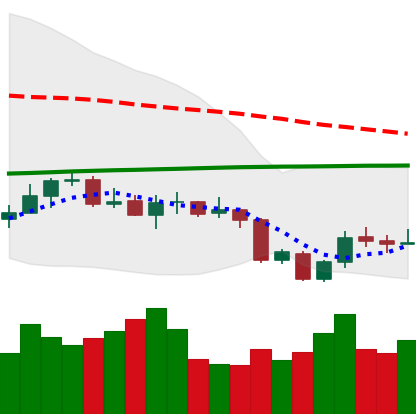
Ticker: XLM-USD
Chart end date: 2020-09-28
Forward return: -3.24%
Label: down_3_5